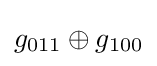
g_{011}\oplus g_{100}